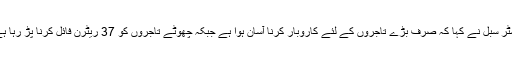
مسٹر سبل نے کہا کہ صرف بڑے تاجروں کے لئے کاروبار کرنا آسان ہوا ہے جبکہ چھوٹے تاجروں کو 37 ریٹرن فائل کرنا پڑ رہا ہے۔